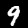
Label: 9